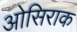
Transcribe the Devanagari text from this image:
ओसिराक